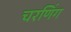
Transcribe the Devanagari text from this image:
चरणिंग